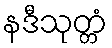
နဒီသုတ္တံ